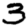
Digit: 3